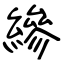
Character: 縿